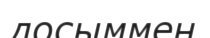
досыммен